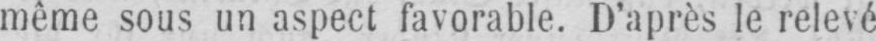
même sous un aspect favorable. D’après le relevé